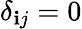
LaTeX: {{\delta}_{\mathbf{i}j}}=0